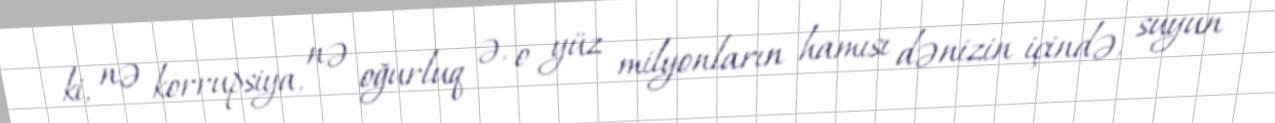
ki, nə korrupsiya, nə oğurluq ə, o yüz milyonların hamısı dənizin içində, suyun